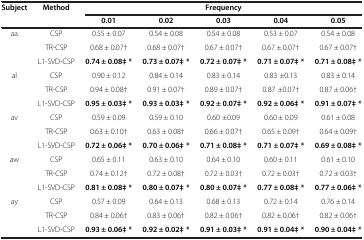
<table><thead><tr><td rowspan="2"><b>Subject</b></td><td rowspan="2"><b>Method</b></td><td colspan="5"><b>Frequency</b></td></tr><tr><td><b>0.01</b></td><td><b>0.02</b></td><td><b>0.03</b></td><td><b>0.04</b></td><td><b>0.05</b></td></tr></thead><tbody><tr><td rowspan="3">aa</td><td>CSP</td><td>0.55 ± 0.07</td><td>0.54 ± 0.08</td><td>0.54 ± 0.08</td><td>0.53 ± 0.07</td><td>0.54 ± 0.08</td></tr><tr><td>TR-CSP</td><td>0.68 ± 0.07†</td><td>0.68 ± 0.07†</td><td>0.67 ± 0.07†</td><td>0.67 ± 0.07†</td><td>0.67 ± 0.07†</td></tr><tr><td>L1-SVD-CSP</td><td><b>0.74 ± 0.08‡ *</b></td><td><b>0.73 ± 0.07‡ *</b></td><td><b>0.72 ± 0.07‡ *</b></td><td><b>0.71 ± 0.07‡ *</b></td><td><b>0.71 ± 0.08‡ *</b></td></tr><tr><td rowspan="3">al</td><td>CSP</td><td>0.90 ± 0.12</td><td>0.84 ± 0.14</td><td>0.83 ± 0.14</td><td>0.83 ±0.13</td><td>0.83 ± 0.14</td></tr><tr><td>TR-CSP</td><td>0.94 ± 0.08†</td><td>0.91 ± 0.07†</td><td>0.89 ± 0.07†</td><td>0.87 ±0.07†</td><td>0.87 ± 0.06†</td></tr><tr><td>L1-SVD-CSP</td><td><b>0.95 ± 0.03‡ *</b></td><td><b>0.93 ± 0.03‡ *</b></td><td><b>0.92 ± 0.07‡ *</b></td><td><b>0.92 ± 0.06‡ *</b></td><td><b>0.91 ± 0.07‡ *</b></td></tr><tr><td rowspan="3">av</td><td>CSP</td><td>0.59 ± 0.09</td><td>0.59 ± 0.10</td><td>0.60 ±0.09</td><td>0.60 ± 0.09</td><td>0.61 ± 0.08</td></tr><tr><td>TR-CSP</td><td>0.63 ± 0.10†</td><td>0.63 ± 0.08†</td><td>0.66 ± 0.07†</td><td>0.65 ± 0.09†</td><td>0.64 ± 0.09†</td></tr><tr><td>L1-SVD-CSP</td><td><b>0.72 ± 0.06‡ *</b></td><td><b>0.70 ± 0.06‡ *</b></td><td><b>0.71 ± 0.08‡ *</b></td><td><b>0.71 ± 0.07‡ *</b></td><td><b>0.69 ± 0.08‡ *</b></td></tr><tr><td rowspan="3">aw</td><td>CSP</td><td>0.65 ± 0.11</td><td>0.63 ± 0.10</td><td>0.64 ± 0.10</td><td>0.60 ± 0.11</td><td>0.61 ± 0.10</td></tr><tr><td>TR-CSP</td><td>0.74 ± 0.12†</td><td>0.72 ± 0.08†</td><td>0.72 ± 0.03†</td><td>0.72 ± 0.03†</td><td>0.72 ± 0.03†</td></tr><tr><td>L1-SVD-CSP</td><td><b>0.81 ± 0.08‡ *</b></td><td><b>0.80 ± 0.07‡ *</b></td><td><b>0.80 ± 0.07‡ *</b></td><td><b>0.77 ± 0.08‡ *</b></td><td><b>0.77 ± 0.06‡ *</b></td></tr><tr><td rowspan="3">ay</td><td>CSP</td><td>0.57 ± 0.09</td><td>0.64 ± 0.13</td><td>0.68 ± 0.13</td><td>0.72 ± 0.14</td><td>0.76 ± 0.14</td></tr><tr><td>TR-CSP</td><td>0.84 ± 0.06†</td><td>0.83 ± 0.06†</td><td>0.82 ± 0.06†</td><td>0.82 ± 0.06†</td><td>0.82 ± 0.06†</td></tr><tr><td>L1-SVD-CSP</td><td><b>0.93 ± 0.06‡ *</b></td><td><b>0.92 ± 0.02‡ *</b></td><td><b>0.91 ± 0.03‡ *</b></td><td><b>0.91 ± 0.04‡ *</b></td><td><b>0.90 ± 0.04‡ *</b></td></tr></tbody></table>